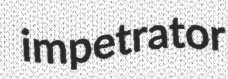
impetrator